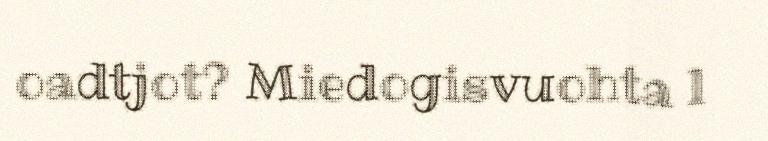
oadtjot? Miedogisvuohta l